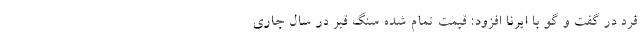
فرد در گفت و گو با ایرنا افزود: قیمت تمام شده سنگ قبر در سال جاری